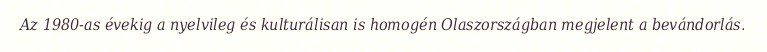
Az 1980-as évekig a nyelvileg és kulturálisan is homogén Olaszországban megjelent a bevándorlás.